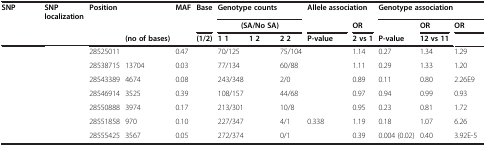
<table><thead><tr><td><b>SNP</b></td><td><b>SNP localization</b></td><td><b>Position</b></td><td>[EMPTY_CELL]</td><td><b>MAF</b></td><td><b>Base</b></td><td colspan="3"><b>Genotype counts</b></td><td colspan="2"><b>Allele association</b></td><td colspan="3"><b>Genotype association</b></td></tr><tr><td>[EMPTY_CELL]</td><td>[EMPTY_CELL]</td><td>[EMPTY_CELL]</td><td>[EMPTY_CELL]</td><td>[EMPTY_CELL]</td><td>[EMPTY_CELL]</td><td colspan="3"><b>(SA/No SA)</b></td><td>[EMPTY_CELL]</td><td><b>OR</b></td><td>[EMPTY_CELL]</td><td><b>OR</b></td><td><b>OR</b></td></tr><tr><td>[EMPTY_CELL]</td><td>[EMPTY_CELL]</td><td>[EMPTY_CELL]</td><td><b>(no of bases)</b></td><td>[EMPTY_CELL]</td><td><b>(1/2)</b></td><td><b>1 1</b></td><td><b>1 2</b></td><td><b>2 2</b></td><td><b>P-value</b></td><td><b>2 vs 1</b></td><td><b>P-value</b></td><td><b>12 vs 11</b></td><td>[EMPTY_CELL]</td></tr></thead><tbody><tr><td>[EMPTY_CELL]</td><td>[EMPTY_CELL]</td><td>28525011</td><td>[EMPTY_CELL]</td><td>0.47</td><td>[EMPTY_CELL]</td><td>70/125</td><td>[EMPTY_CELL]</td><td>75/104</td><td>[EMPTY_CELL]</td><td>1.14</td><td>0.27</td><td>1.34</td><td>1.29</td></tr><tr><td>[EMPTY_CELL]</td><td>[EMPTY_CELL]</td><td>28538715</td><td>13704</td><td>0.03</td><td>[EMPTY_CELL]</td><td>77/134</td><td>[EMPTY_CELL]</td><td>60/88</td><td>[EMPTY_CELL]</td><td>1.11</td><td>0.29</td><td>1.33</td><td>1.20</td></tr><tr><td>[EMPTY_CELL]</td><td>[EMPTY_CELL]</td><td>28543389</td><td>4674</td><td>0.08</td><td>[EMPTY_CELL]</td><td>243/348</td><td>[EMPTY_CELL]</td><td>2/0</td><td>[EMPTY_CELL]</td><td>0.89</td><td>0.11</td><td>0.80</td><td>2.26E9</td></tr><tr><td>[EMPTY_CELL]</td><td>[EMPTY_CELL]</td><td>28546914</td><td>3525</td><td>0.39</td><td>[EMPTY_CELL]</td><td>108/157</td><td>[EMPTY_CELL]</td><td>44/68</td><td>[EMPTY_CELL]</td><td>0.97</td><td>0.94</td><td>0.99</td><td>0.93</td></tr><tr><td>[EMPTY_CELL]</td><td>[EMPTY_CELL]</td><td>28550888</td><td>3974</td><td>0.17</td><td>[EMPTY_CELL]</td><td>213/301</td><td>[EMPTY_CELL]</td><td>10/8</td><td>[EMPTY_CELL]</td><td>0.95</td><td>0.23</td><td>0.81</td><td>1.72</td></tr><tr><td>[EMPTY_CELL]</td><td>[EMPTY_CELL]</td><td>28551858</td><td>970</td><td>0.10</td><td>[EMPTY_CELL]</td><td>227/347</td><td>[EMPTY_CELL]</td><td>4/1</td><td>0.338</td><td>1.19</td><td>0.18</td><td>1.07</td><td>6.26</td></tr><tr><td>[EMPTY_CELL]</td><td>[EMPTY_CELL]</td><td>28555425</td><td>3567</td><td>0.05</td><td>[EMPTY_CELL]</td><td>272/374</td><td>[EMPTY_CELL]</td><td>0/1</td><td>[EMPTY_CELL]</td><td>0.39</td><td>0.004 (0.02)</td><td>0.40</td><td>3.92E-5</td></tr></tbody></table>